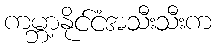
ကမ္ဘာ့နိုင်ငံအသီးသီးက